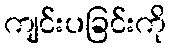
ကျင်းပခြင်းကို